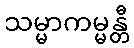
သမ္မာကမ္မန္တီ